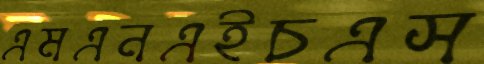
এমএনএইচএস